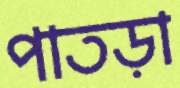
পাতড়া